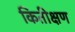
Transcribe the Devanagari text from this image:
कितीक्षण